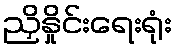
ညှိနှိုင်းရေးရုံး